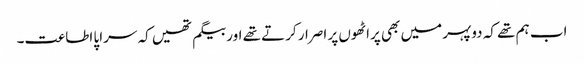
اب ہم تھے کہ دوپہر میں بھی پراٹھوں پر اصرار کرتے تھے اور بیگم تھیں کہ سراپا اطاعت۔